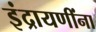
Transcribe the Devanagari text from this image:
इंद्रायणींना